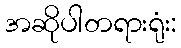
အဆိုပါတရားရုံး: